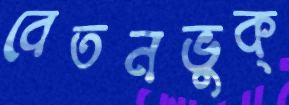
বেতনভুক্‌